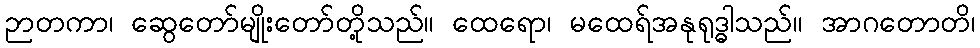
ဉာတကာ၊ ဆွေတော်မျိုးတော်တို့သည်။ ထေရော၊ မထေရ်အနုရုဒ္ဓါသည်။ အာဂတောတိ၊